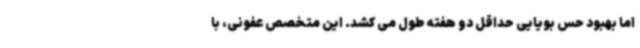
اما بهبود حس بویایی حداقل دو هفته طول می کشد. این متخصص عفونی، با